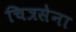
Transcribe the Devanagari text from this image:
चित्रसेना